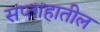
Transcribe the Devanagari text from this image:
सप्ताहातील